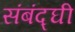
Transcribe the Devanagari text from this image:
संबंद्घी